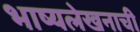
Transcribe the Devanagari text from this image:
भाष्यलेखनाची